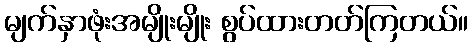
မျက်နှာဖုံးအမျိုးမျိုး စွပ်ထားတတ်ကြတယ်။